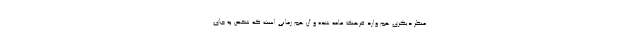
منظر دیگری هم وارد فرهنگ عامه شده و آن هم زمانی است که شخص به جای